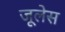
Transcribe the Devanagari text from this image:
जूलेस